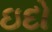
ઇદો